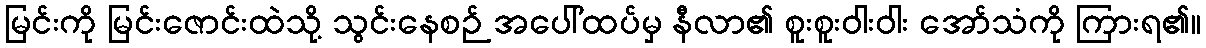
မြင်းကို မြင်းဇောင်းထဲသို့ သွင်းနေစဉ် အပေါ်ထပ်မှ နီလာ၏ စူးစူးဝါးဝါး အော်သံကို ကြားရ၏။